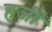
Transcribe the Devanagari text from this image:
हजीं